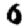
Digit: 6